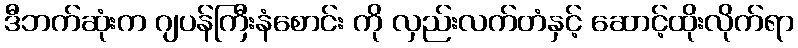
ဒီဘက်ဆုံးက ဂျပန်ကြီးနံစောင်း ကို လှည်းလက်တံနှင့် ဆောင့်ထိုးလိုက်ရာ